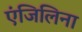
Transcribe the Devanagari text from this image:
एंजिलिना